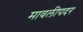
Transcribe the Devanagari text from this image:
मावलीपदर